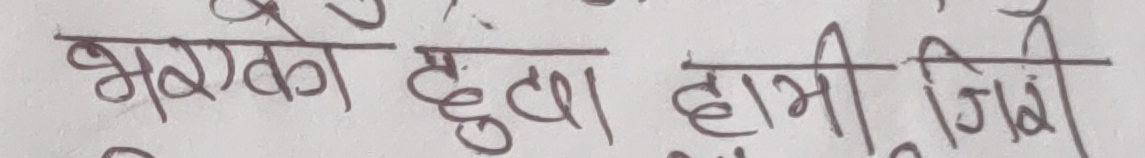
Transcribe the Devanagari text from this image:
भरएको छु। हामी जित्छौं।